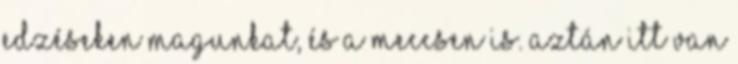
edzéseken magunkat, és a meccsen is. Aztán itt van